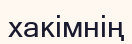
хакімнің